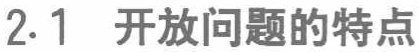
2.1 开放问题的特点